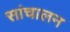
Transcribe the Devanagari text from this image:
सांचालन